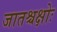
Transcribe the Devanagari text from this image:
जातश्चक्षोः